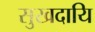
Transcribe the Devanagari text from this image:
सुखदायि